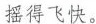
摇得飞快。